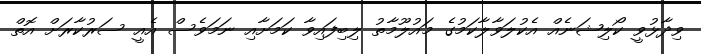
ވިދާޅުވީ ކޯލިޝަނެއް އެކުލަވާލާކަމުގެ މައުލޫމާތު ލިބިފައިވާ ކަމަށާއި ނަމަވެސް އެއީ ސަރުކާރަށް އޮތް